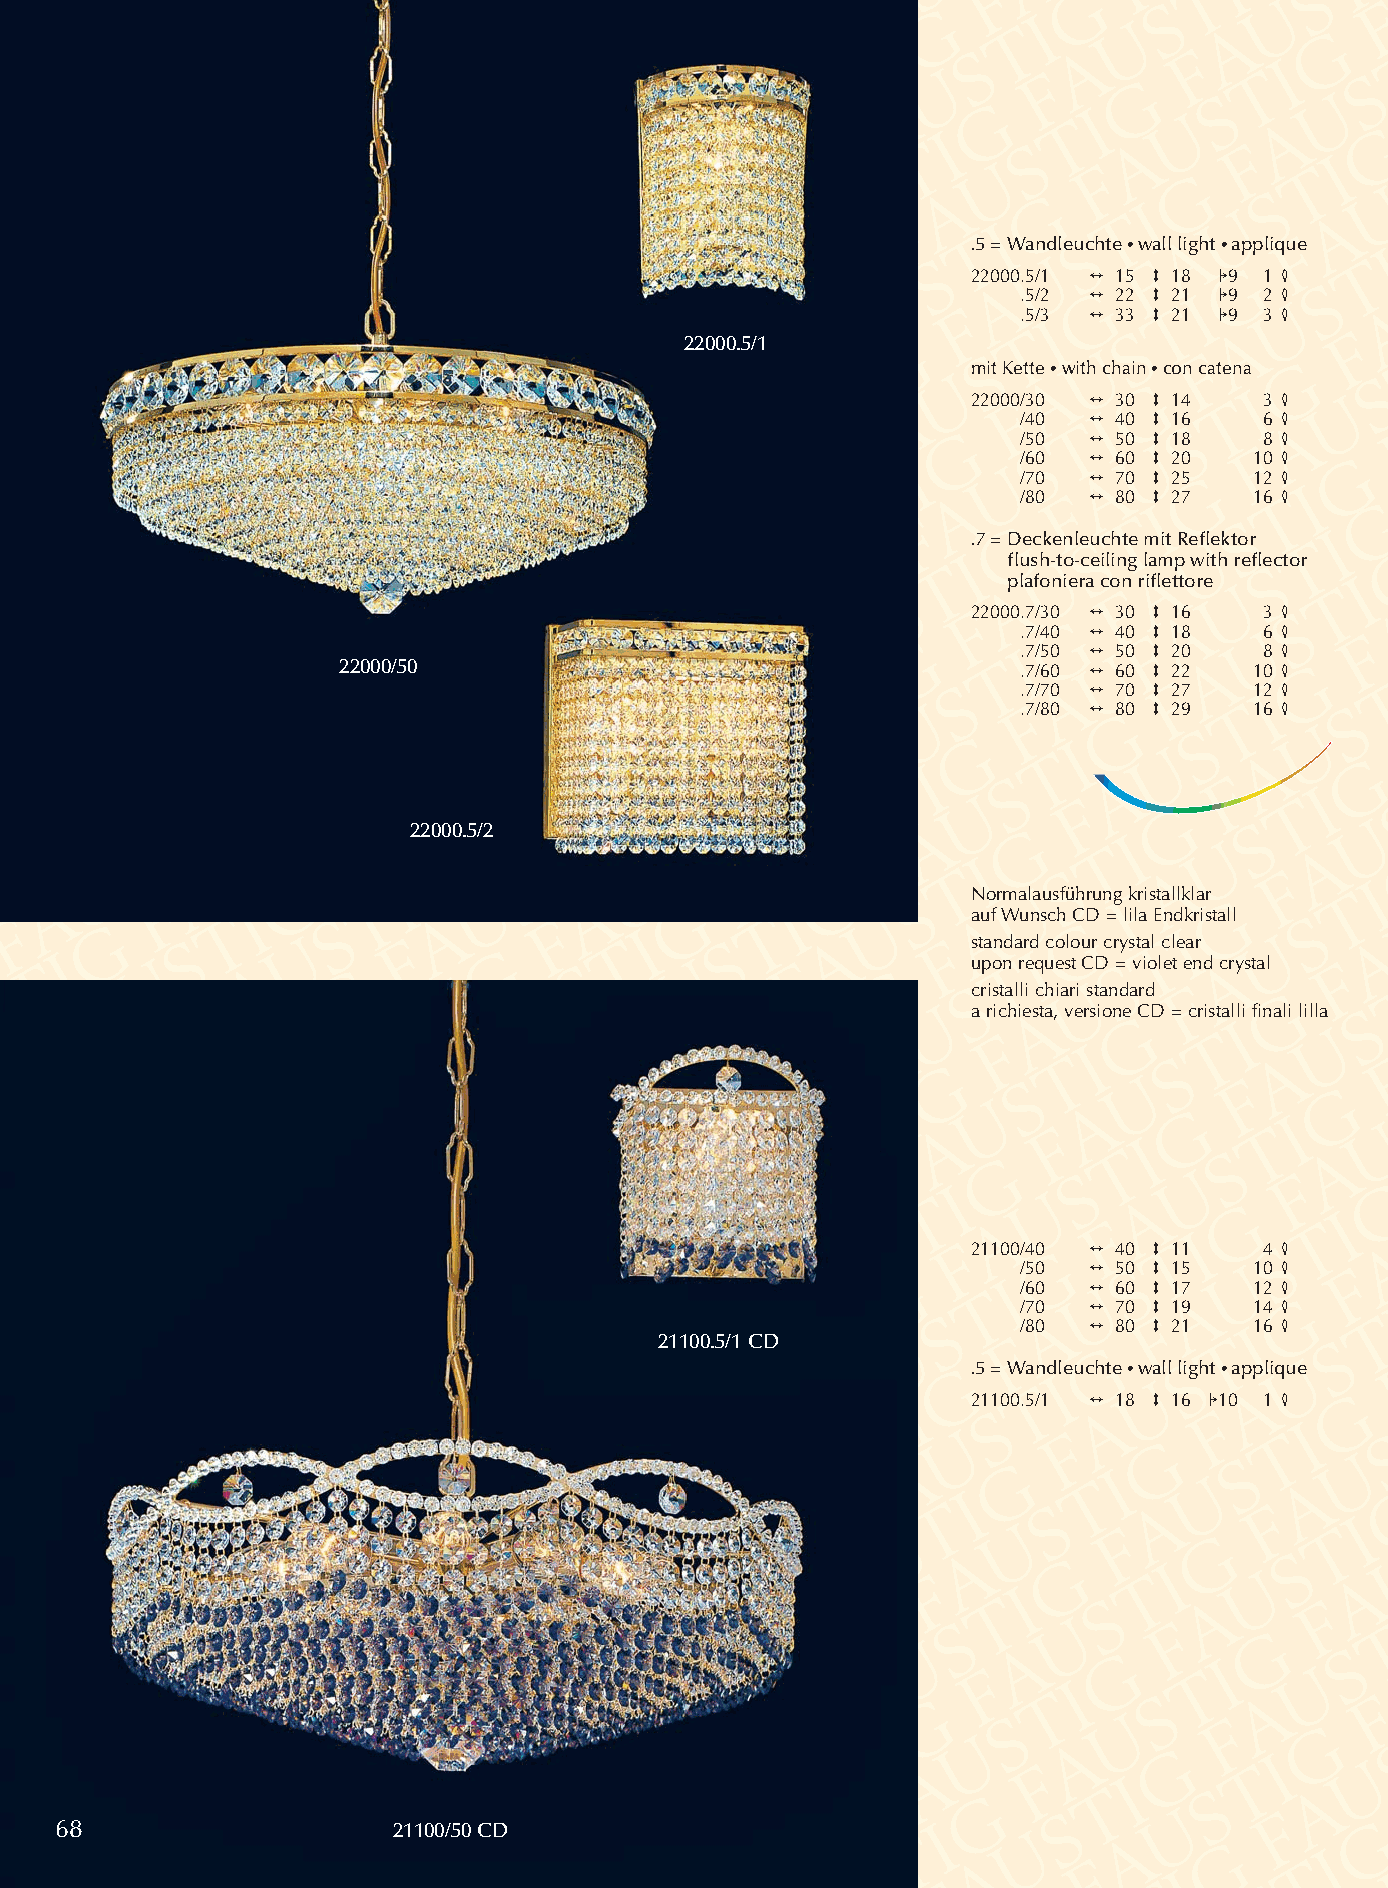
.5 = Wandleuchte •wall light •applique
 22000.5/1 2 15 3 18 19 1 4
 .5/2 2 22 3 21 19 2 4
 .5/3 2 33 3 21 19 3 4
 22000.5/1
 mit Kette •with chain •con catena
 22000/30 2 30 3 14  3 4
 /40 2 40 3 16   6 4
 /50 2 50 3 18   8 4
 /60 2 60 3 20  10 4
 /70 2 70 3 25  12 4
 /80 2 80 3 27  16 4
 .7 =Deckenleuchte mit Reflektor
 flush-to-ceiling lamp with reflector
 plafoniera con riflettore
 22000.7/30 2 30 3 16 3 4
 .7/40 2 40 3 18 6 4
 .7/50 2 50 3 20 8 4
 22000/50                                      .7/60 2 60 3 22 10 4
 .7/70 2 70 3 27 12 4
 .7/80 2 80 3 29 16 4
 22000.5/2
 Normalausführung kristallklar
 auf Wunsch CD = lila Endkristall
 standard colour crystal clear
 upon request CD = violet end crystal
 cristalli chiari standard
 a richiesta, versione CD = cristalli finali lilla
 21100/40 2 40 3 11  4 4
 /50 2 50 3 15  10 4
 /60 2 60 3 17  12 4
 /70 2 70 3 19  14 4
 /80 2 80 3 21  16 4
 21100.5/1 CD
 .5 = Wandleuchte •wall light •applique
 21100.5/1 2 18 3 16 110 1 4
 68                    21100/50 CD